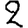
Digit: 2